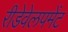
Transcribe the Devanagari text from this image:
रीडेवेलपमेंट